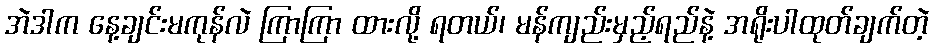
အဲဒါက နေ့ချင်းမကုန်လဲ ကြာကြာ ထားလို့ ရတယ်၊ မန်ကျည်းမှည့်ရည်နဲ့ အရိုးပါထုတ်ချက်တဲ့